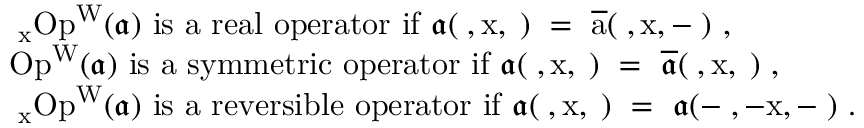
\begin{array} { r l } & { \mathrm { ~ \partial _ x O p ^ W ( \mathfrak { a } ) ~ i s ~ a ~ r e a l ~ o p e r a t o r ~ i f ~ \mathfrak { a } ( \varphi , x , \xi ) ~ = ~ \overline { { a } } ( \varphi , x , - \xi ) ~ } , } \\ & { \mathrm { ~ O p ^ W ( \mathfrak { a } ) ~ i s ~ a ~ s y m m e t r i c ~ o p e r a t o r ~ i f ~ \mathfrak { a } ( \varphi , x , \xi ) ~ = ~ \overline { { \mathfrak { a } } } ( \varphi , x , \xi ) ~ } , } \\ & { \mathrm { ~ \partial _ x O p ^ W ( \mathfrak { a } ) ~ i s ~ a ~ r e v e r s i b l e ~ o p e r a t o r ~ i f ~ \mathfrak { a } ( \varphi , x , \xi ) ~ = ~ \mathfrak { a } ( - \varphi , - x , - \xi ) ~ } . } \end{array}